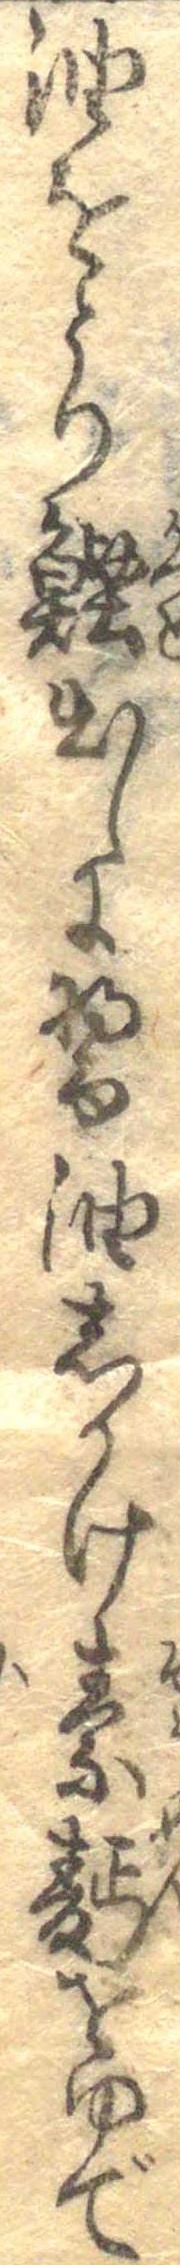
油をとり鰹出しに醤油しかけ素麺をゆで